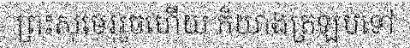
ព្រះសុមេរុរួចហើយ ក៏យាងត្រឡប់ទៅ